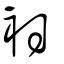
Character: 衵